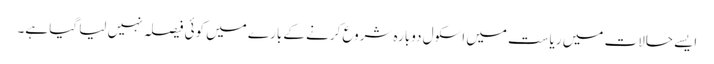
ایسے حالات میں ریاست میں اسکول دوبارہ شروع کرنے کے بارے میں کوئی فیصلہ نہیں لیا گیا ہے۔